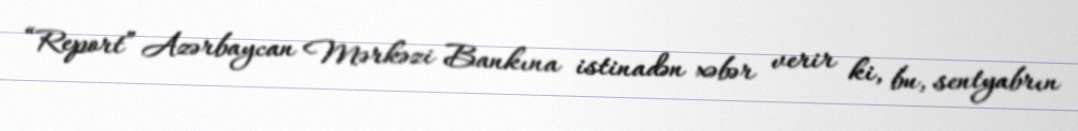
“Report” Azərbaycan Mərkəzi Bankına istinadən xəbər verir ki, bu, sentyabrın